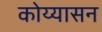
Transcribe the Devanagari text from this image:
कोय्यासन